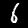
Digit: 6